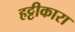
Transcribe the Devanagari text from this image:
हट्टीकारा